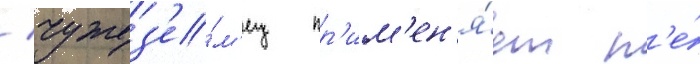
/ чужез'е́м'ец пр'им'ен'я́ет т'е́